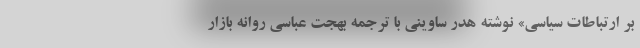
بر ارتباطات سیاسی» نوشته هِدر ساوینی با ترجمه بهجت عباسی روانه بازار